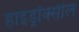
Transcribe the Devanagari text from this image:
हाइड्रॉक्सील